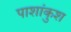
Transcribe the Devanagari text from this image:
पाशांकुश